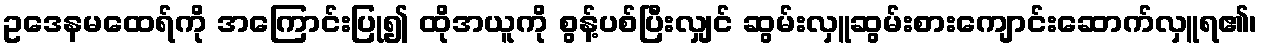
ဥဒေနမထေရ်ကို အကြောင်းပြု၍ ထိုအယူကို စွန့်ပစ်ပြီးလျှင် ဆွမ်းလှူဆွမ်းစားကျောင်းဆောက်လှူရ၏၊